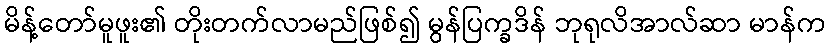
မိန့်တော်မူဖူး၏ တိုးတက်လာမည်ဖြစ်၍ မွန်ပြက္ခဒိန် ဘုရုလိအာလ်ဆာ မာန်က